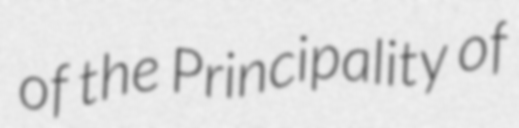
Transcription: of the Principality of